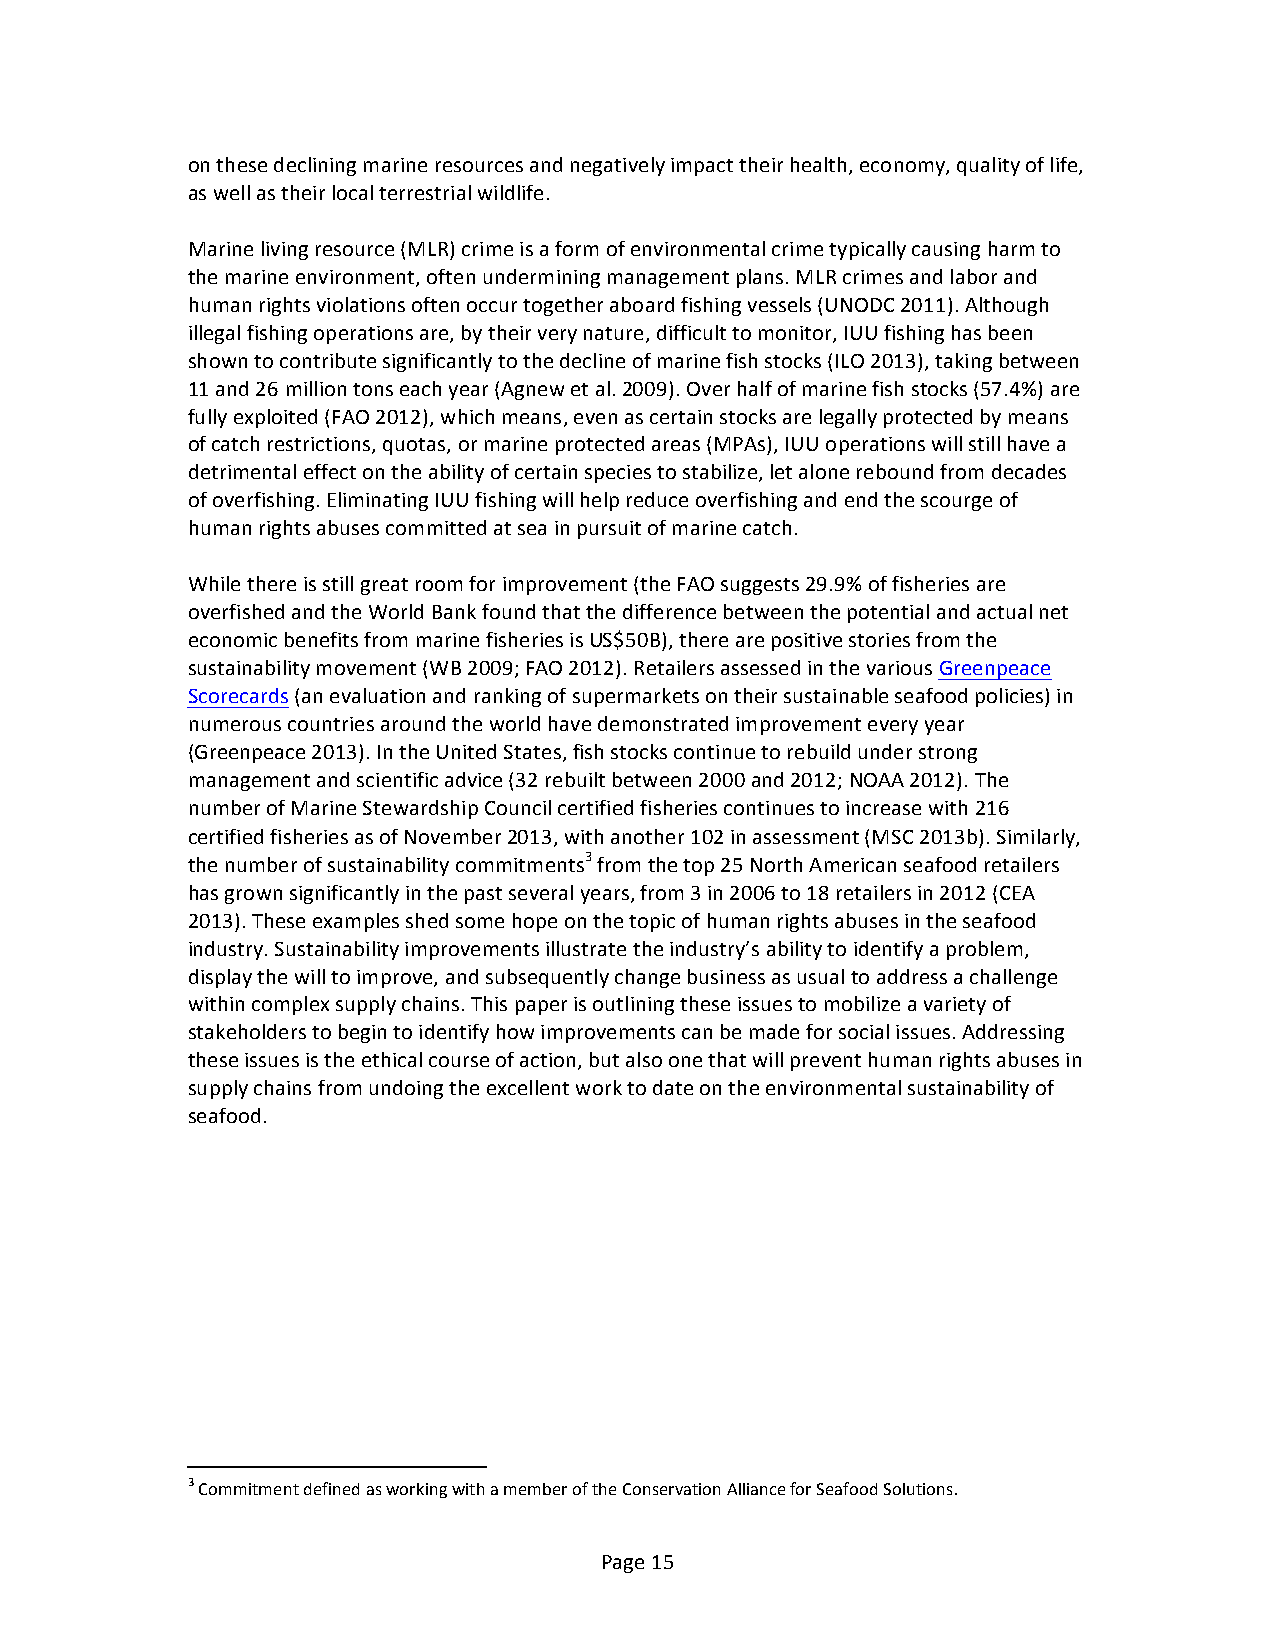
on these declining marine resources and negatively impact their health, economy, quality of life,
 as well as their local terrestrial wildlife.
 Marine living resource (MLR) crime is a form of environmental crime typically causing harm to
 the marine environment, often undermining management plans. MLR crimes and labor and
 human rights violations often occur together aboard fishing vessels (UNODC 2011). Although
 illegal fishing operations are, by their very nature, difficult to monitor, IUU fishing has been
 shown to contribute significantly to the decline of marine fish stocks (ILO 2013), taking between
 11 and 26 million tons each year (Agnew et al. 2009). Over half of marine fish stocks (57.4%) are
 fully exploited (FAO 2012), which means, even as certain stocks are legally protected by means
 of catch restrictions, quotas, or marine protected areas (MPAs), IUU operations will still have a
 detrimental effect on the ability of certain species to stabilize, let alone rebound from decades
 of overfishing. Eliminating IUU fishing will help reduce overfishing and end the scourge of
 human rights abuses committed at sea in pursuit of marine catch.
 While there is still great room for improvement (the FAO suggests 29.9% of fisheries are
 overfished and the World Bank found that the difference between the potential and actual net
 economic benefits from marine fisheries is US$50B), there are positive stories from the
 sustainability movement (WB 2009; FAO 2012). Retailers assessed in the various Greenpeace
 Scorecards (an evaluation and ranking of supermarkets on their sustainable seafood policies) in
 numerous countries around the world have demonstrated improvement every year
 (Greenpeace 2013). In the United States, fish stocks continue to rebuild under strong
 management and scientific advice (32 rebuilt between 2000 and 2012; NOAA 2012). The
 number of Marine Stewardship Council certified fisheries continues to increase with 216
 certified fisheries as of November 2013, with another 102 in assessment (MSC 2013b). Similarly,
 the number of sustainability commitments3 from the top 25 North American seafood retailers
 has grown significantly in the past several years, from 3 in 2006 to 18 retailers in 2012 (CEA
 2013). These examples shed some hope on the topic of human rights abuses in the seafood
 industry. Sustainability improvements illustrate the industry’s ability to identify a problem,
 display the will to improve, and subsequently change business as usual to address a challenge
 within complex supply chains. This paper is outlining these issues to mobilize a variety of
 stakeholders to begin to identify how improvements can be made for social issues. Addressing
 these issues is the ethical course of action, but also one that will prevent human rights abuses in
 supply chains from undoing the excellent work to date on the environmental sustainability of
 seafood.
 3 Commitment defined as working with a member of the Conservation Alliance for Seafood Solutions.
 Page 15